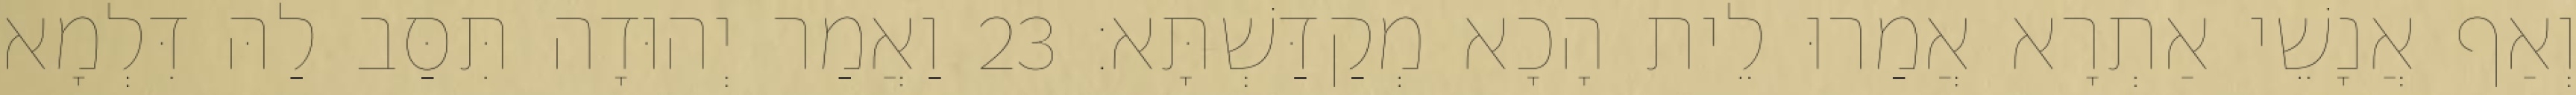
וְאַף אֲנָשֵׁי אַתְרָא אֲמַרוּ לֵית הָכָא מְקַדַּשְׁתָּא׃ 23 וַאֲמַר יְהוּדָה תִּסַּב לַהּ דִּלְמָא